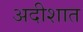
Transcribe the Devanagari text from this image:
अदीशात